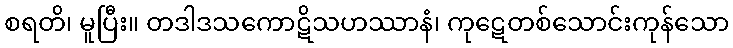
စရတိ၊ မူပြီး။ တဒါဒသကောဋိသဟဿာနံ၊ ကုဋေတစ်သောင်းကုန်သော